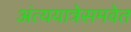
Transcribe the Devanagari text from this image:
अंत्ययात्रेसमवेत